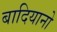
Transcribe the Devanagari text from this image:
बादियानो